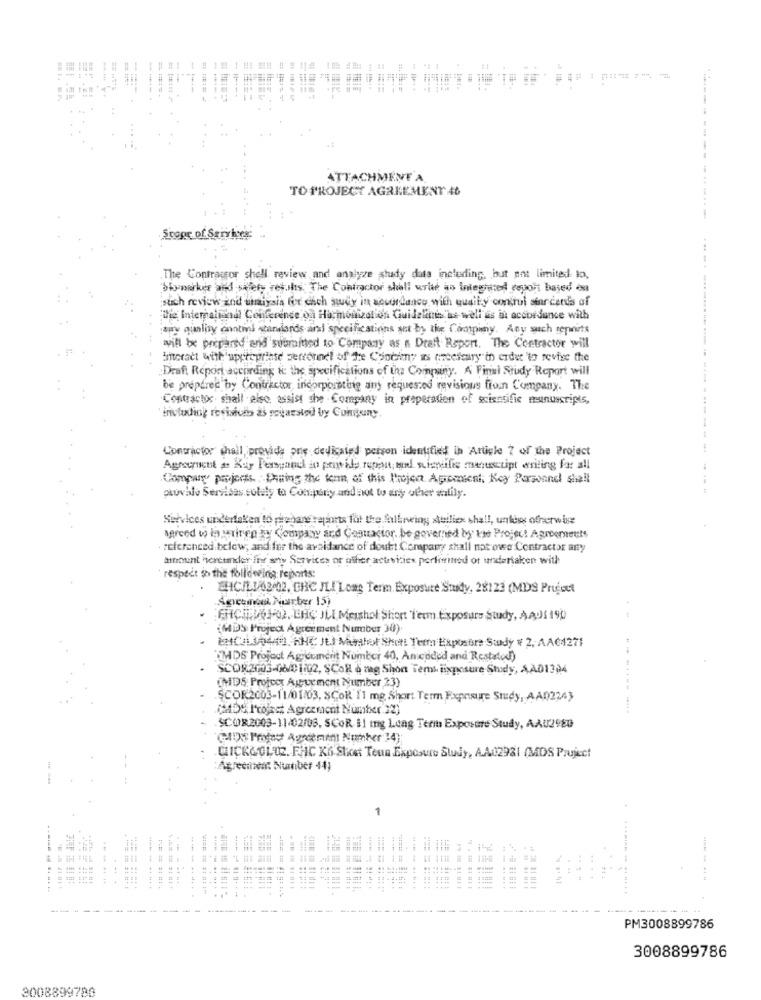
ATTACHMENT A
TO PROJECY AGRKEMENY 40
--------------
Stage of Services:
The Contractor shell review and analyze shady data including, but not limited to,
biomarker and safety resshs. The Contractor shall write an integrated report based es
such review and unalysia for which sway in accordance with quality control sincerds of
The International Conference on Harmonization Guideline ne well as in accordance with
auy quality contini standards and specifications set by the Company. Any such reports
will be prepared and submitted to Company as a Draft Report. The Contractor will
Interact with appropriate servernet of The Cooking as arbeiteary in order to revise the
Draft Report according H: the specifications of the Company. A Final Study Report will
be prepared by Contractor, incorporating any requested revisions froin Company. The
Contactos shall else assist the Company in properation of scientific manuscripts,
Contractor shall provide pue dedicated person identified in Article 7 of the Project
Agreement # Kuy Perspanel in poiwide rupest, mul, scientific manuscript writing for all
Company projects. . Shining the ton of this Project Agiomient, Key Personnel shall
ptuvalo Sersisas solity to Company and not to any other satily.
Services undertaken to piehare reports that the following stuilies shall, unless otherwise
Agreed to interinen my Company and Contractor be governed by the Project Agreements
referenced below; and fer the avoidance of doubt Company shall not ove Contractor any
amount hereunder for any Services or difier activities porfiwined or undertaken with
respect i> the following reports:
WHICHLU/63-02, CHE JLILong Term Exposure Study, 28123 (MDS Project
Ancemax Number 15)
ENCJ, 61-02. CHC ILE Menthol Short Term Exposure Study, AADS 190
(MDS Project Agreement Number 30)
ENCAL3-44. KHE ILI Mabahot Shot: Term Expostire Study # 2, AA64271
(THIS Project Agrcomcrit Number 40, An coded and Restatod)
SCOR2003-08/01/02, SCOR & meg Shon Temi iixposure Study, AA01304
(DS: Profoot Ajpur mont Number 23)
.SCOR2003-11/01/03, SCOR'1'1 mg Short Term Exposure Study, AA02243
(ADe, I'rojast Agreement Number 32)
.SCOR2003-11/02/06, SCOR. 11 ing Long Terit Exposure Study, AAU29ED
GICKCOLOE. FHC K6.Stort Tenn Exposure Study, A.A02981 (MDS Project
Agreciaen: Nurtiber 44)
.----.. .
--
----
...
..
.4 44
....
--
--
PM3008899786
3008899786
3008899780